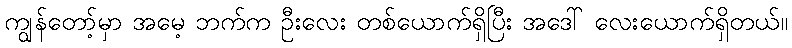
ကျွန်တော့်မှာ အမေ့ ဘက်က ဦးလေး တစ်ယောက်ရှိပြီး အဒေါ် လေးယောက်ရှိတယ်။